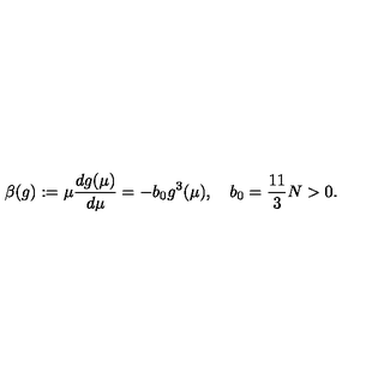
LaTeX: \beta ( g ) : = \mu { \frac { d g ( \mu ) } { d \mu } } = - b _ { 0 } g ^ { 3 } ( \mu ) , \quad b _ { 0 } = { \frac { 1 1 } { 3 } } N > 0 .